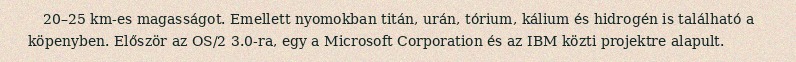
20–25 km-es magasságot. Emellett nyomokban titán, urán, tórium, kálium és hidrogén is található a köpenyben. Először az OS/2 3.0-ra, egy a Microsoft Corporation és az IBM közti projektre alapult.